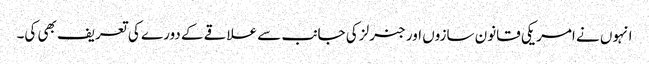
انہوں نے امریکی قانون سازوں اور جنرلز کی جانب سے علاقے کے دورے کی تعریف بھی کی۔